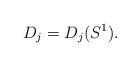
LaTeX: \begin{align*}D_j=D_j(S^1).\end{align*}